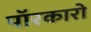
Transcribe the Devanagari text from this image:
पॉरकारो